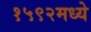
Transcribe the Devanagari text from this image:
१५९२मध्ये